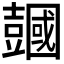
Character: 𧰒